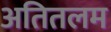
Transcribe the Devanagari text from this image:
अतितलम